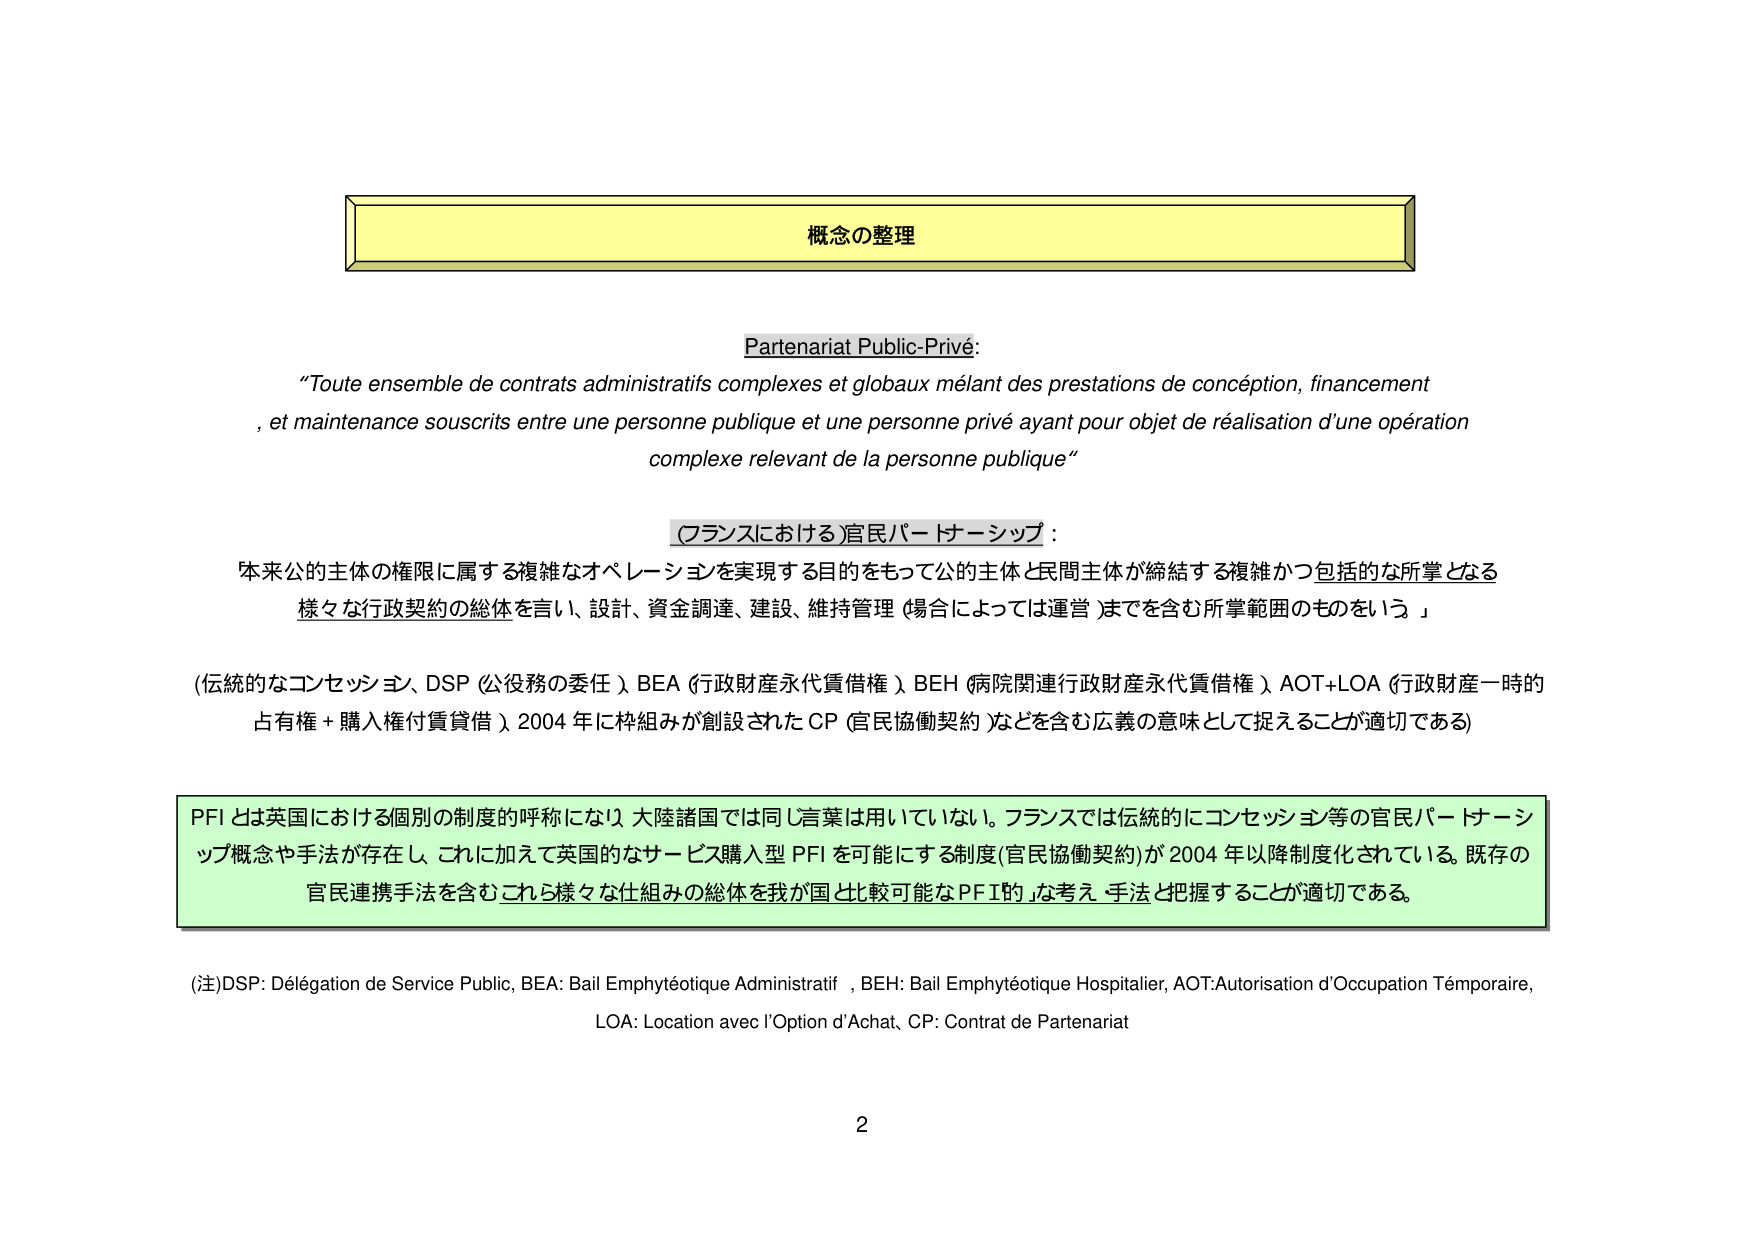
概念の整理

Partenariat Public-Privé:
"Toute ensemble de contrats administratifs complexes et globaux mêlant des prestations de conception, financement
, et maintenance souscrits entre une personne publique et une personne privé ayant pour objet de réalisation d'une opération
complexe relevant de la personne publique"

(フランスにおける)官民パートナーシップ：
本来公の主体の権限に属する複雑なオペレーションを実現する目的をもって公の主体と民間主体が締結する複雑かつ包括的な所掌となる
様々な行政契約の総体を言い、設計、資金調達、建設、維持管理（場合によっては運営）までを含む所掌範囲のものをいう」

(伝統的なコンセッション、DSP（公役務の委任）、BEA（行政財産永代賃借権）、BEH（病院関連行政財産永代賃借権）、AOT+LOA（行政財産一時的
占有権＋購入権付賃貸借）、2004年に枠組みが創設されたCP（官民協働契約）などを含む広義の意味として捉えることが適切である)

PFIとは英国における個別の制度の呼称になり、大陸諸国では同じ言葉は用いていない。フランスでは伝統的にコンセッション等の官民パートナーシ
ップ概念や手法が存在し、これに加えて英国的なサービス購入型PFIを可能にする制度（官民協働契約）が2004年以降制度化されている。既存の
官民連携手法を含むこれら様々な仕組みの総体を我が国と比較可能なPFI的な考え方・手法と把握することが適切である。

(注)DSP: Délégation de Service Public, BEA: Bail Emphytéotique Administratif, BEH: Bail Emphytéotique Hospitalier, AOT: Autorisation d'Occupation Temporaire,
LOA: Location avec l'Option d'Achat, CP: Contrat de Partenariat

2